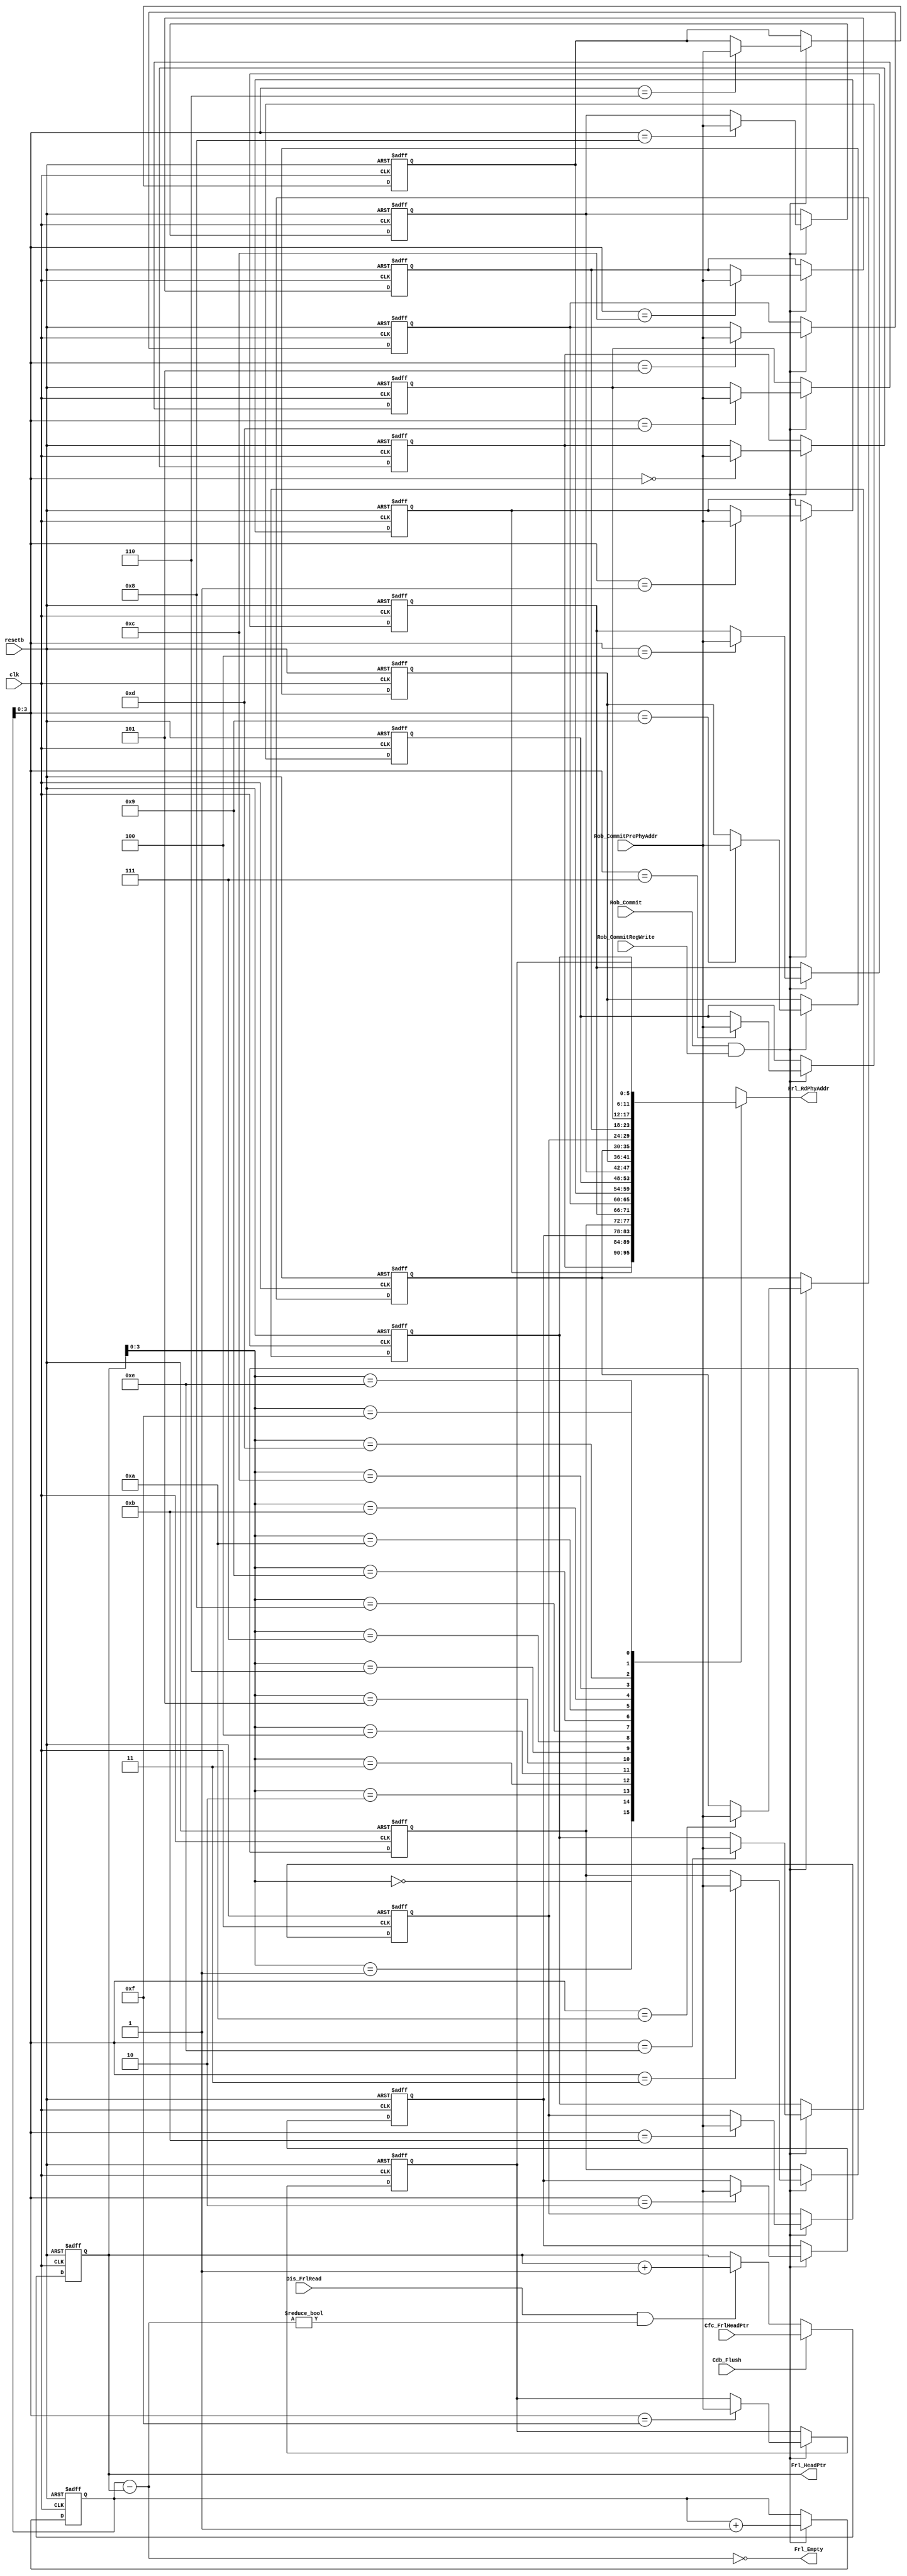
// Copyright @ 2022 Yuqing Guo
// Free Register List


module Frl( clk, 
            resetb,
            Cdb_Flush,
            Rob_CommitPrePhyAddr,
            Rob_Commit,
            Rob_CommitRegWrite,
            Cfc_FrlHeadPtr,
            Frl_RdPhyAddr,
            Dis_FrlRead,
            Frl_Empty,
            Frl_HeadPtr
            ) ;
parameter WIDTH = 6;
parameter DEPTH = 16;
parameter PTR_WIDTH = 5;

input clk;
input resetb;
input Cdb_Flush;

//interface with ROB
input [WIDTH-1:0] Rob_CommitPrePhyAddr;
input Rob_Commit;   		
input Rob_CommitRegWrite;
input [PTR_WIDTH-1:0] Cfc_FrlHeadPtr;

//Interface with Dispatch Unit
output [WIDTH-1:0] Frl_RdPhyAddr;
input Dis_FrlRead;
output Frl_Empty;

//Interface with CFC
output [PTR_WIDTH-1:0] Frl_HeadPtr;

reg [PTR_WIDTH-1:0] Frl_HeadPtr;
reg [PTR_WIDTH-1:0] Frl_TailPtr;
reg [WIDTH-1:0] FreeRegArray [0:DEPTH-1];

integer i;

assign Frl_Empty = (Frl_TailPtr-Frl_HeadPtr == 5'b00000);
assign Frl_RdPhyAddr = FreeRegArray[Frl_HeadPtr[PTR_WIDTH-2:0]];

always @ (posedge clk or negedge resetb) begin
    
    if (!resetb) begin
        Frl_HeadPtr <= 5'b00000;
        Frl_TailPtr <= 5'b10000;
        for (i = 0; i < DEPTH; i = i + 1) begin
            FreeRegArray[i] <= 32 + i;
        end
    end

    else begin
        
        if (Rob_Commit & Rob_CommitRegWrite) begin
            FreeRegArray[Frl_TailPtr[PTR_WIDTH-2:0]] <= Rob_CommitPrePhyAddr;
            Frl_TailPtr <= Frl_TailPtr + 1;
        end
        
        if (Dis_FrlRead == 1 && Frl_TailPtr-Frl_HeadPtr != 5'b00000) begin
            Frl_HeadPtr <= Frl_HeadPtr + 1;
        end

        if (Cdb_Flush) begin
            Frl_HeadPtr <= Cfc_FrlHeadPtr;
        end
    end

end

endmodule